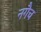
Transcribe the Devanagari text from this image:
नगैच